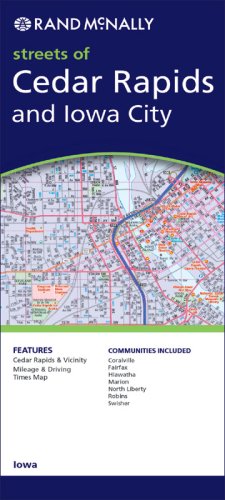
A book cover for Rand McNally Streets of Cedar Rapids and Iowa City; Rand Mcnally; Travel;